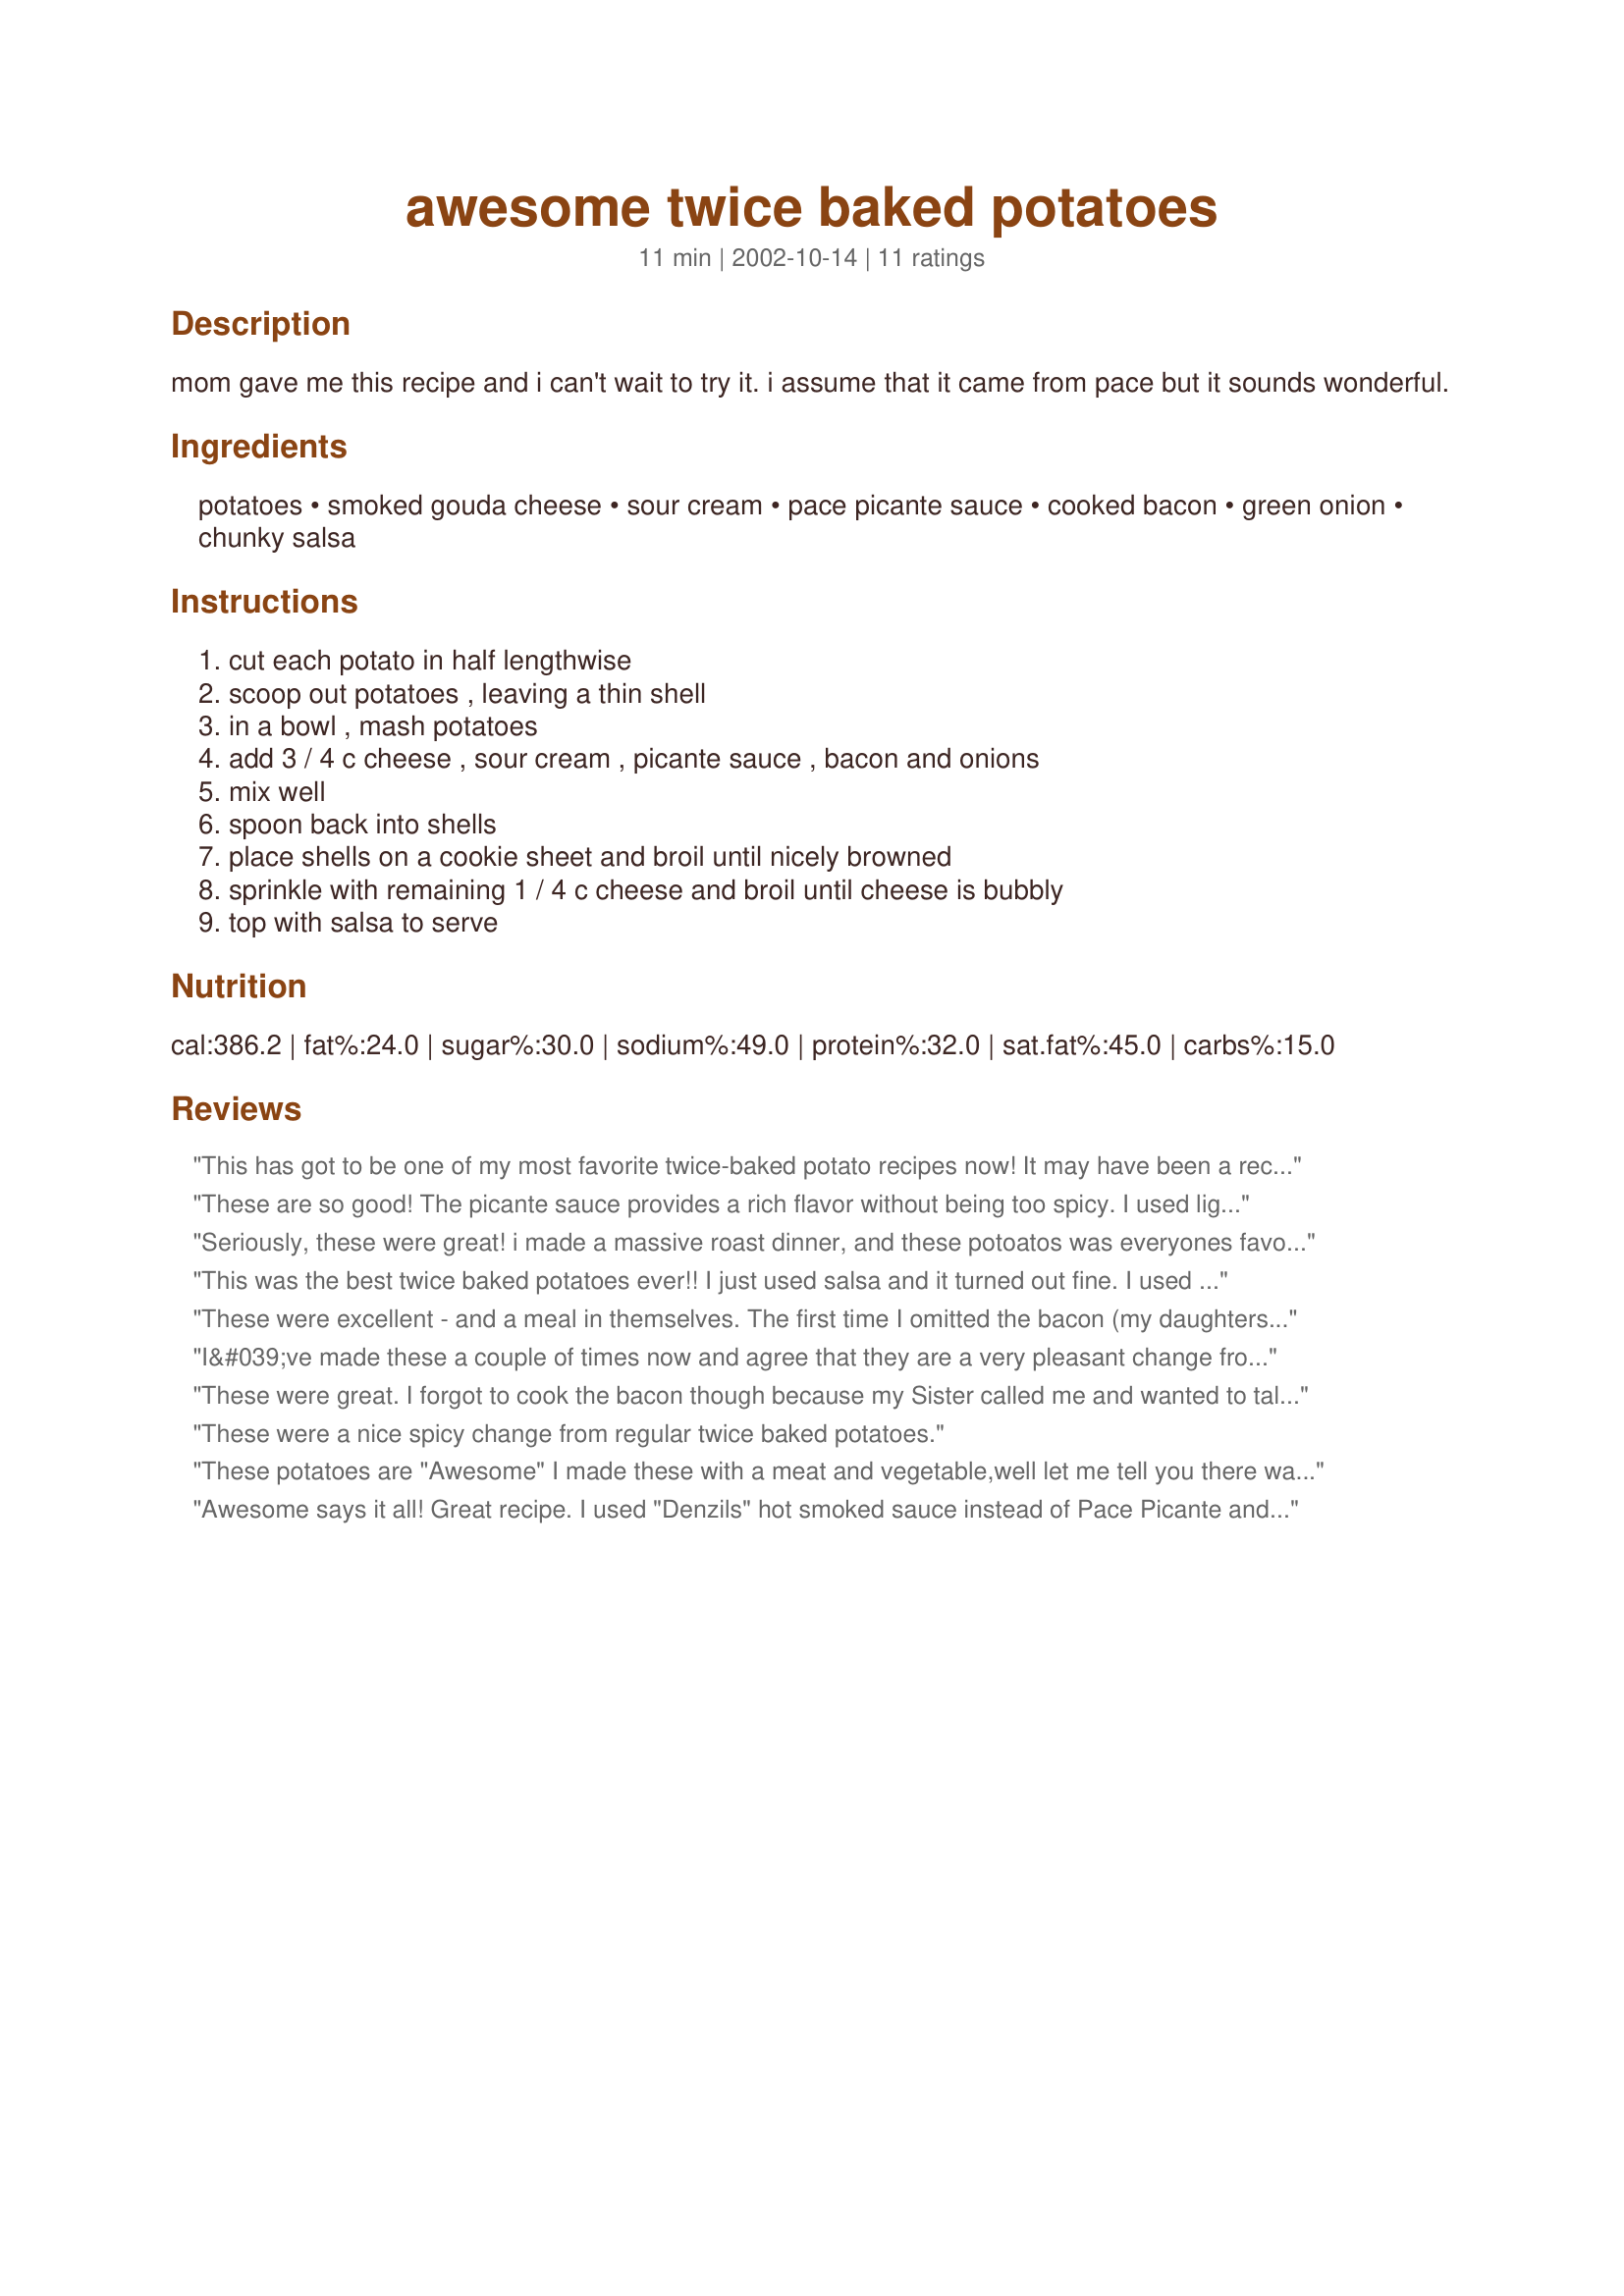
awesome twice baked potatoes
Preparation time: 11 minutes

mom gave me this recipe and i can't wait to try it. i assume that it came from pace but it sounds wonderful.

Ingredients:
potatoes, smoked gouda cheese, sour cream, pace picante sauce, cooked bacon, green onion, chunky salsa

Steps:
cut each potato in half lengthwise, scoop out potatoes , leaving a thin shell, in a bowl , mash potatoes, add 3 / 4 c cheese , sour cream , picante sauce , bacon and onions, mix well, spoon back into shells, place shells on a cookie sheet and broil until nicely browned, sprinkle with remaining 1 / 4 c cheese and broil until cheese is bubbly, top with salsa to serve

Reviews:
This has got to be one of my most favorite twice-baked potato recipes now! It may have been a recipe from the Pace company, but it's not there now, and we wouldn't have known about it otherwise, so thanks for sharing this! Definitely go with the Monterey Jack cheese with this. Absolutely delicious!
These are so good! The picante sauce provides a rich flavor without being too spicy. I used light sour cream and reduced-fat cheese and they turned out great. I will definitely make these again.
Seriously, these were great! i made a massive roast dinner, and these potoatos was everyones favourite. Next time i will put more bacon and onion in though, thankyou heaps for this great recipe!!
This was the best twice baked potatoes ever!! I just used salsa and it turned out fine. I used shredded cheese mix of cheddar and monterey jack cheese. This is a "keeper"
These were excellent - and a meal in themselves. The first time I omitted the bacon (my daughters are vegetarians) and they were delicious! I made them again last night -again minus bacon - and got another round of thumbs up! (not an easy task) Thanks ever so much for sharing!
I&#039;ve made these a couple of times now and agree that they are a very pleasant change from the usual twice baked potato. I always choose the monterrey jack cheese option but had some pepperjack cheese on hand this time (monterrey jack cheese with jalapenos) and I loved the extra kick. But then again, here in Texas we do like to spice things up when we&#039;re slinging around our jars of Pace! &lt;br/&gt; I usually end up adding more green onions because I don&#039;t measure that kind of thing. &lt;br/&gt;very carefully, and I have found that just a little more is just a little better. &lt;br/&gt;This is one very easy and very yummy recipe that my grown kids always enjoy. And it really is substantial enough to eat along with just a salad for a delicious meal. Thank you very much for sharing your recipe, Mysterygirl/
These were great. I forgot to cook the bacon though because my Sister called me and wanted to talk for a long time so I was kind of rushed because it was getting late. They turned out wonnderful though. Next time I will definitely use the bacon though. But also great without it. Thank you for a yummy recipe :)
These were a nice spicy change from regular twice baked potatoes.
These potatoes are "Awesome"
I made these with a meat and vegetable,well let me tell you there was no need for the meat and vegetable!!If you are a lumber-jack,maybe you would need the extra food.I used large bakers,and had a whole potato left over.I just put a half one in the microwave and am eating it for lunch.So, these could be made a day ahead-say if you have company the next night.I did have to subsitute Gruyere for the cheese choices in the recipe.I didn't have the Pace Picante Sauce or fire-roasted tomato salsa.I used what I have on hand,Restaurant Recipe Original Chunky salsa.I will buy these two ingredients for this recipe.When I make these potatoes again,and use the bakers,I will serve with salad.
 MG,Thank you for sharing.

 

Awesome says it all! Great recipe. I used "Denzils" hot smoked sauce instead of Pace Picante and plain Gouda wonderful these will be on the table again Thanks MG
These were delicious potatoes - i loved the orangey color! and the taste was great - i subbed cheddar bcz that's what i had and the tops got kinda crispy - yum! we'll makev this one again
